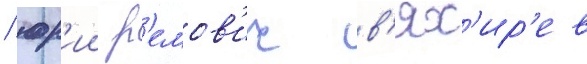
/ юр'ии р'емов'ич в'ях'ир'ев